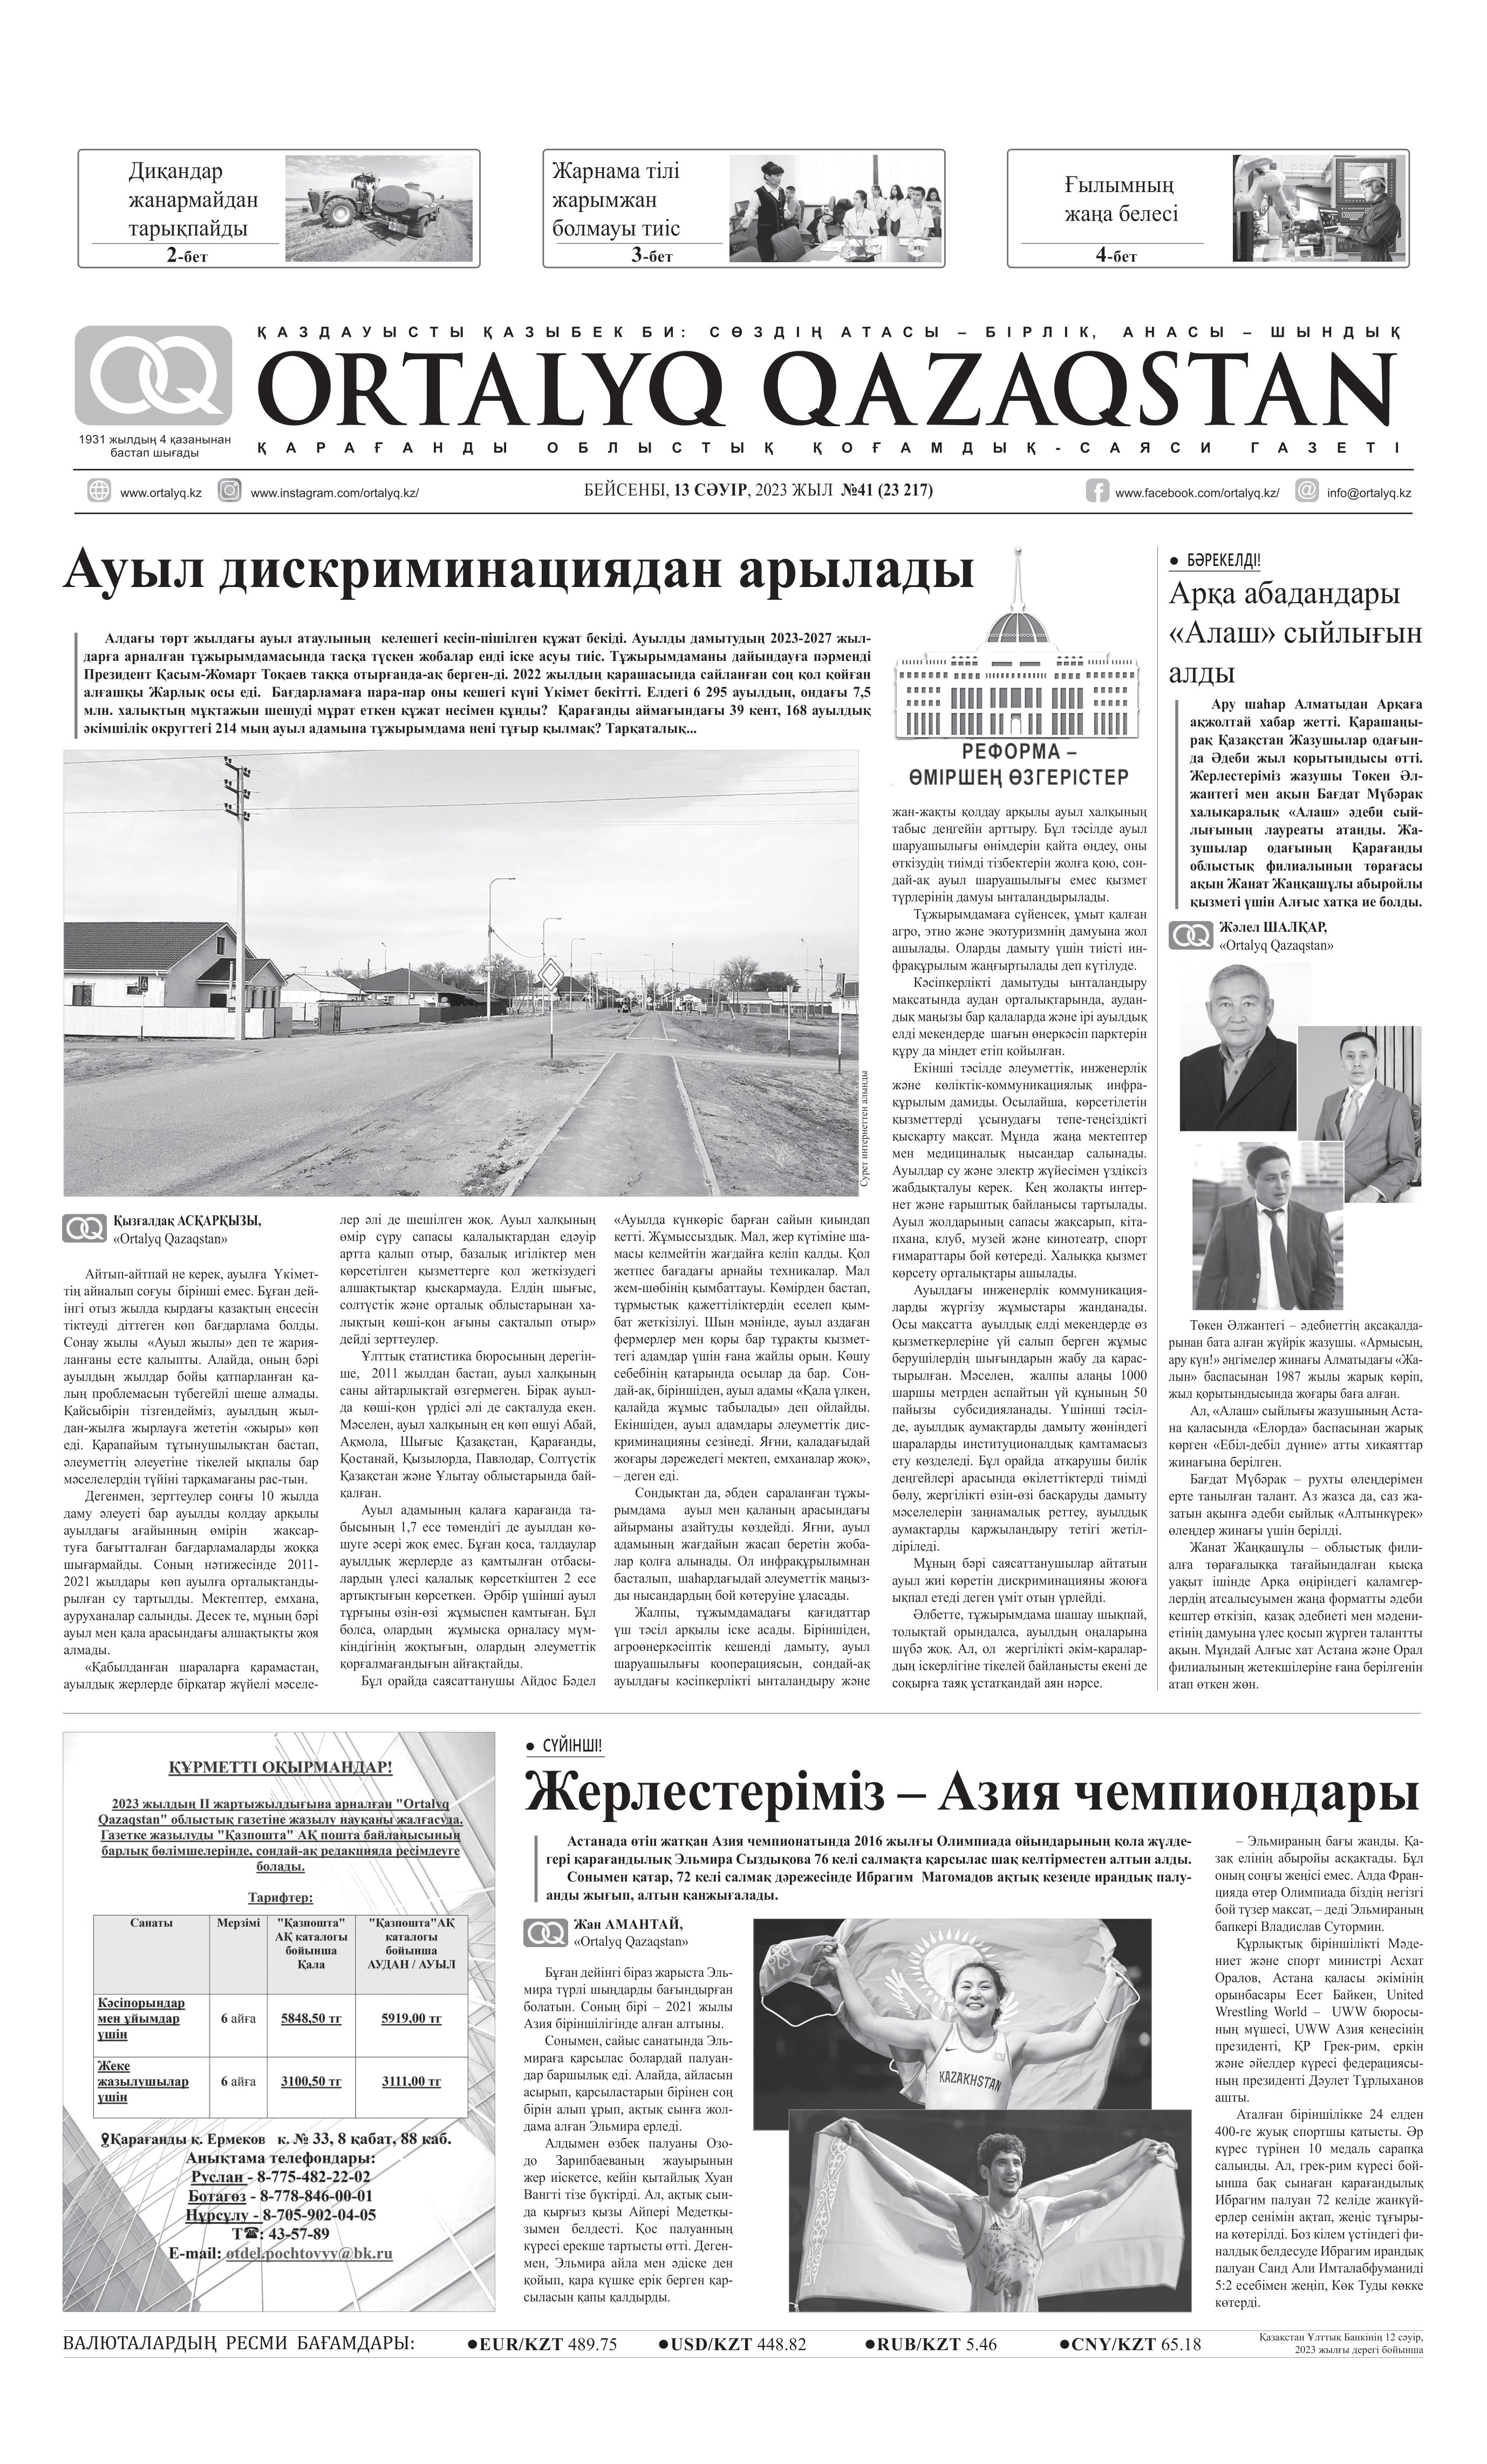
Language: kk